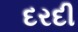
દરદી